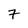
Character: 7